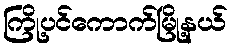
ကြို့ပင်ကောက်မြို့နယ်